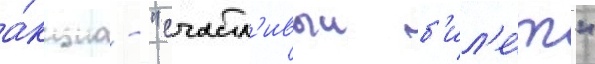
а́кциа - "счастл'ивыи б'ил'е́т"